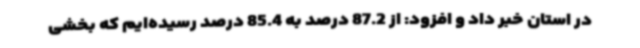
در استان خبر داد و افزود: از 87.2 درصد به 85.4 درصد رسیده‌ایم که بخشی